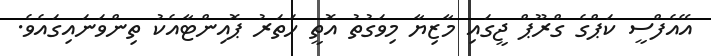
އޭއެފްސީ ކަޕްގެ ގްރޫޕް ޖީގައި މާޒިޔާ މިވަގުތު އޮތީ ހަތަރު ޕޮއިންޓާއެކު ތިންވަނައިގައެވެ.